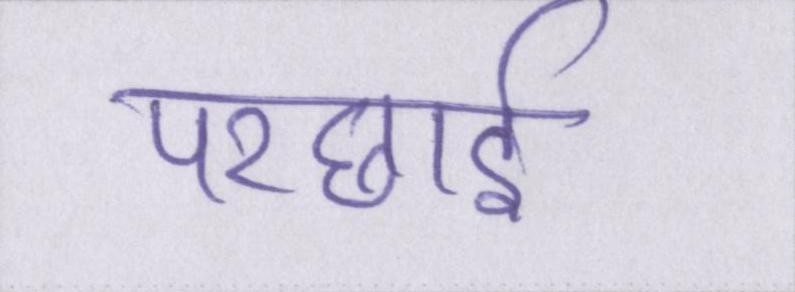
परछाईं